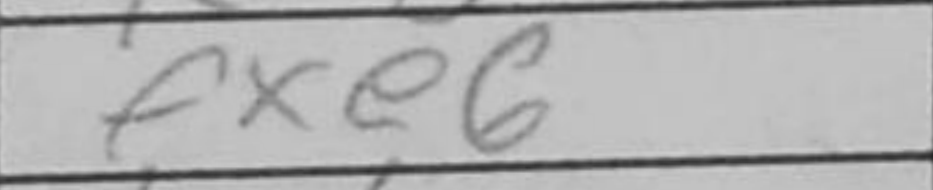
Transcription: fxe6